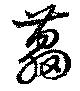
藟